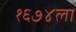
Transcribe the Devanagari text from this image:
१६७४ला